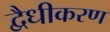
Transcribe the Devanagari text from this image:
द्वैधीकरण